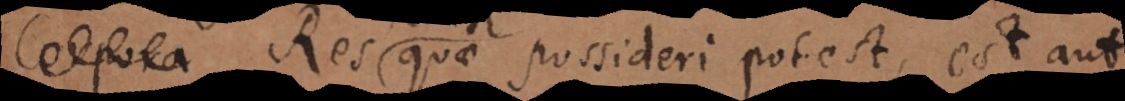
Corpora quae possideri potest, est aut